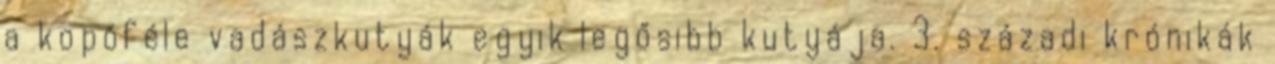
a kopóféle vadászkutyák egyik legősibb kutyája. 3. századi krónikák